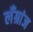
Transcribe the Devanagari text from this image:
लँग्रांज